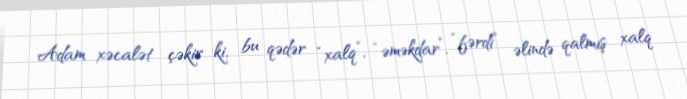
Adam xəcalət çəkir ki, bu qədər “xalq”, “əməkdar”, “fərdi” əlində qalmış xalq